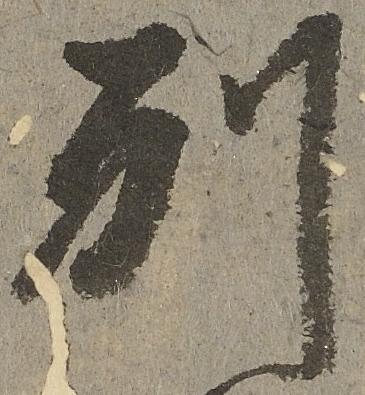
別